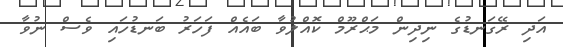
އަދި ރޭގަނޑުގެ ނިދިން މަޙްރޫމް ކޮއްލުވާ ބައެއް ފަހަރު ބަނޑުހައި ވެސް ނުވާ